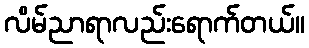
လိမ်ညာရာလည်းရောက်တယ်။